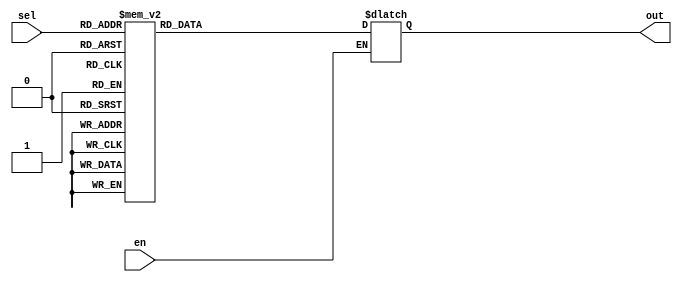
module mux38
(
	input en,
	input [2:0] sel,
	output reg [7:0] out
);

	always @ (en, sel)
	begin
	
		if( en == 1'b1)
		begin

			case (sel)
			
				3'b111: out[7:0]=8'b10000000;
			
				3'b110: out[7:0]=8'b01000000;
			
				3'b101: out[7:0]=8'b00100000;
			
				3'b100: out[7:0]=8'b00010000;
			
				3'b011: out[7:0]=8'b00001000;
			
				3'b010: out[7:0]=8'b00000100;
			
				3'b001: out[7:0]=8'b00000010;
			
				3'b000: out[7:0]=8'b00000001;
			
				default: out = 8'b00000000;
			
			endcase
		
		end
	
	end

endmodule